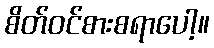
စိတ်ဝင်စားစရာပေါ့။